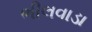
ભીલવાડા